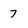
Character: 7